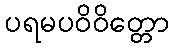
ပရမပဝိဝိတ္တော